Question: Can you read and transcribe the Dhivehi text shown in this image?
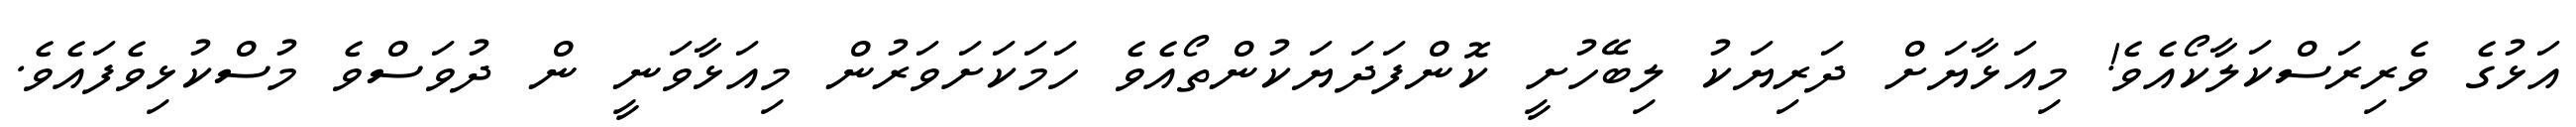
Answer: އަޅުގެ ވެރިރަސްކަލާކޯއެވެ! މިއަޅާޔަށް ދަރިޔަކު ލިބޭހުށީ ކޮންފަދަޔަކުންތޯއެވެ ހަމަކަށަވަރުން މިއަޅާވަނީ ން ދުވަސްވެ މުސްކުޅިވެފައެވެ.